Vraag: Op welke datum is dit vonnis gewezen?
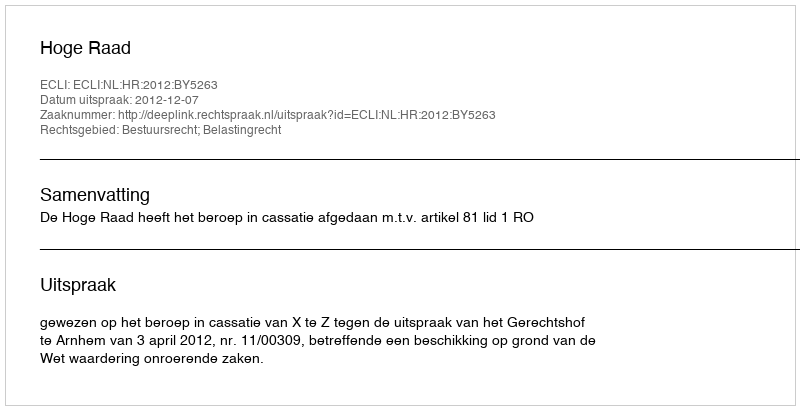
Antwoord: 2012-12-07